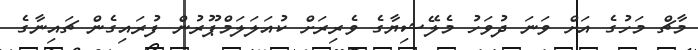
މާޗް މަހުގެ އަށް ވަނަ ދުވަހު މެލޭޝިޔާގެ ވެރިރަށް ކުއަލަލަމްޕޫރުން ފުރައިގެން ޗައިނާގެ